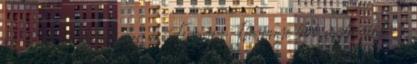
az ő, főleg Peeth-en és Tinnyén Thynnye lévő malmaikhoz